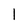
Character: 1